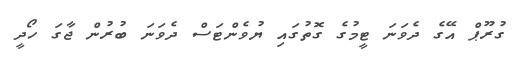
ގުރޫޕް އޭގެ ދެވަަނަ ޓީމުގެ ގޮތުގައި ޔުވެންޓަސް ދެވަނަ ބުރުން ޖާގަ ހޯދީ